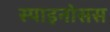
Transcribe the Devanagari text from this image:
स्पाइनोसस